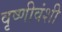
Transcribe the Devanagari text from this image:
वृष्णीवंशी